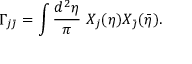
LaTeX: \Gamma _ { j \bar { \jmath } } = \int \frac { d ^ { 2 } \eta } { \pi } \; X _ { j } ( \eta ) X _ { \bar { \jmath } } ( \bar { \eta } ) .